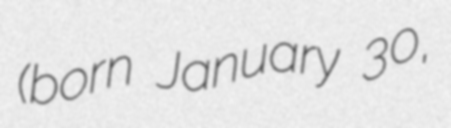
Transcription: (born January 30,